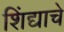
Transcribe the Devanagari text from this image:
शिंद्याचे